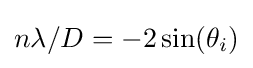
n\lambda /D=-2\sin(\theta _{i})